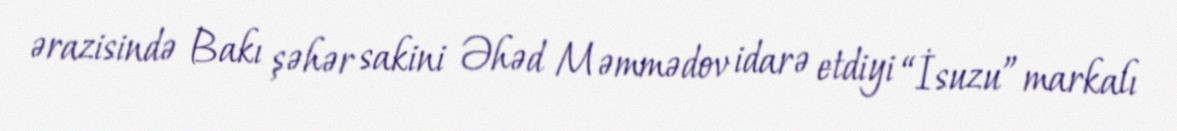
ərazisində Bakı şəhər sakini Əhəd Məmmədov idarə etdiyi “İsuzu” markalı